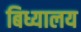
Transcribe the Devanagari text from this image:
बिध्यालय